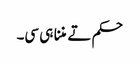
حکم تے مننا ہی سی۔